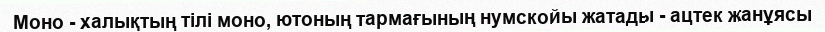
Моно - халықтың тiлi моно, ютоның тармағының нумскойы жатады - ацтек жанұясы